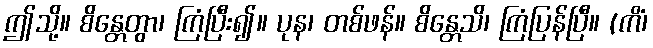
ဤသို့။ စိန္တေတွာ၊ ကြံပြီး၍။ ပုန၊ တစ်ဖန်။ စိန္တေသိ၊ ကြံပြန်ပြီ။ (ကိံ၊